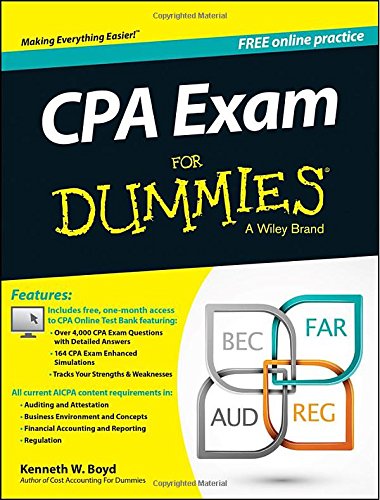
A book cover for CPA Exam For Dummies; Kenneth Boyd; Test Preparation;